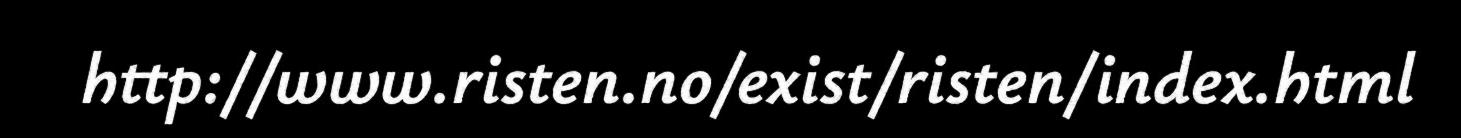
http://www.risten.no/exist/risten/index.html